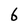
Character: 6